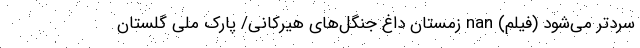
سردتر می‌‌شود (فیلم) nan زمستان داغ جنگل‌های هیرکانی/ پارک ملی گلستان